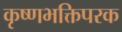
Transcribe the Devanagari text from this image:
कृष्णभक्तिपरक